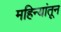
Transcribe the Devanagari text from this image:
महिन्‍यांतून